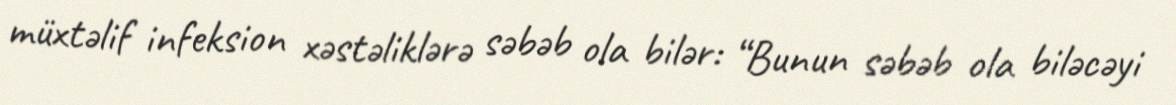
müxtəlif infeksion xəstəliklərə səbəb ola bilər: “Bunun səbəb ola biləcəyi